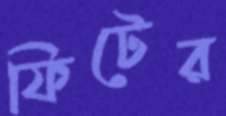
ফিটের